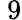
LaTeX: ~9